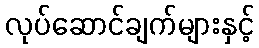
လုပ်ဆောင်ချက်များနှင့်